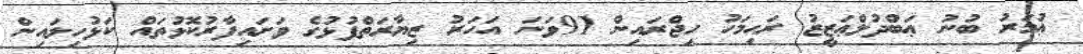
ޢުމަރު ބުނު ޢަބްދުލްޢަޒީޒު ރަޙިމަހު ހިޖްރައިން 91ވަނަ އަހަރު ޒިޔާރަތްފުޅުގެ ވަށައިފާރުކޮޅުތައް ކަޅުހިލައިން